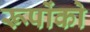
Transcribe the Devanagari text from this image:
रूपोंको